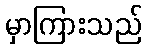
မှာကြားသည်